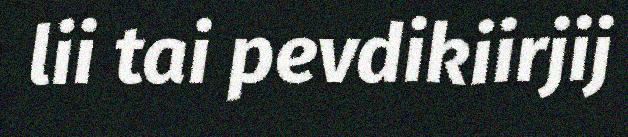
lii tai pevdikiirjij